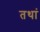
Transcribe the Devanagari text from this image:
तथां